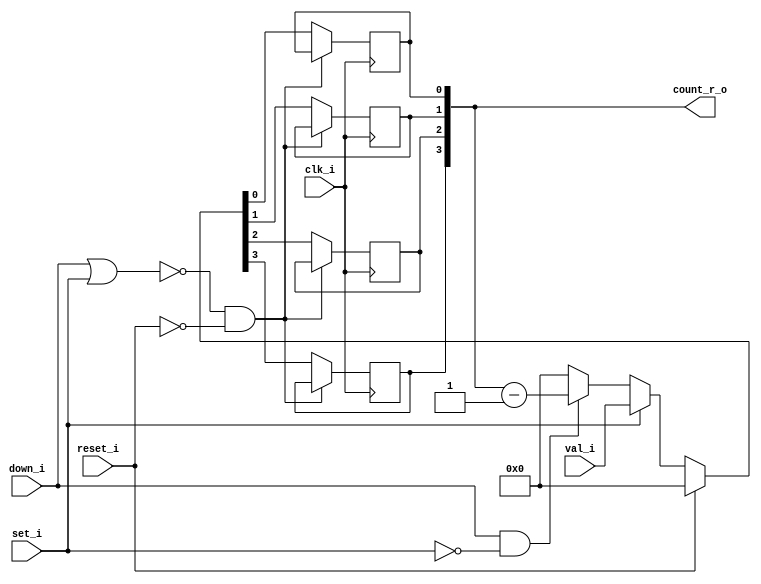
module bsg_counter_set_down_4_1
(
  clk_i,
  reset_i,
  set_i,
  val_i,
  down_i,
  count_r_o
);

  input [3:0] val_i;
  output [3:0] count_r_o;
  input clk_i;
  input reset_i;
  input set_i;
  input down_i;
  wire [3:0] count_r_o,ctr_n;
  wire N0,N1,N2,N3,N4,N5,N6,N7,N8,N9,N10,N11,N12,N13,N14,N15,N16,N17,N18;
  reg count_r_o_3_sv2v_reg,count_r_o_2_sv2v_reg,count_r_o_1_sv2v_reg,
  count_r_o_0_sv2v_reg;
  assign count_r_o[3] = count_r_o_3_sv2v_reg;
  assign count_r_o[2] = count_r_o_2_sv2v_reg;
  assign count_r_o[1] = count_r_o_1_sv2v_reg;
  assign count_r_o[0] = count_r_o_0_sv2v_reg;

  always @(posedge clk_i) begin
    if(N18) begin
      count_r_o_3_sv2v_reg <= N7;
    end 
  end


  always @(posedge clk_i) begin
    if(N18) begin
      count_r_o_2_sv2v_reg <= N6;
    end 
  end


  always @(posedge clk_i) begin
    if(N18) begin
      count_r_o_1_sv2v_reg <= N5;
    end 
  end


  always @(posedge clk_i) begin
    if(N18) begin
      count_r_o_0_sv2v_reg <= N4;
    end 
  end

  assign { N14, N13, N12, N11 } = count_r_o - 1'b1;
  assign { N7, N6, N5, N4 } = (N0)? { 1'b0, 1'b0, 1'b0, 1'b0 } : 
                              (N1)? ctr_n : 1'b0;
  assign N0 = reset_i;
  assign N1 = N3;
  assign ctr_n = (N2)? val_i : 
                 (N16)? { N14, N13, N12, N11 } : 1'b0;
  assign N2 = set_i;
  assign N3 = ~reset_i;
  assign N8 = down_i | set_i;
  assign N9 = ~N8;
  assign N10 = N16;
  assign N15 = ~set_i;
  assign N16 = down_i & N15;
  assign N17 = N9 & N3;
  assign N18 = ~N17;

endmodule